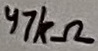
Text: 47kΩ